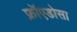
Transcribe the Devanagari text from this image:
फ्रॉएडोसा